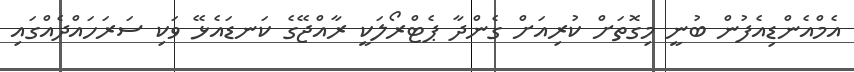
އެމްއެންޑިއެފުން ބުނީ މިގޮތަށް ކުރިއަށް ގެންދާ ޕެޓްރޯލަކީ ރާއްޖޭގެ ކަނޑައެޅޭ ވަކި ސަރަހައްދެއްގައި